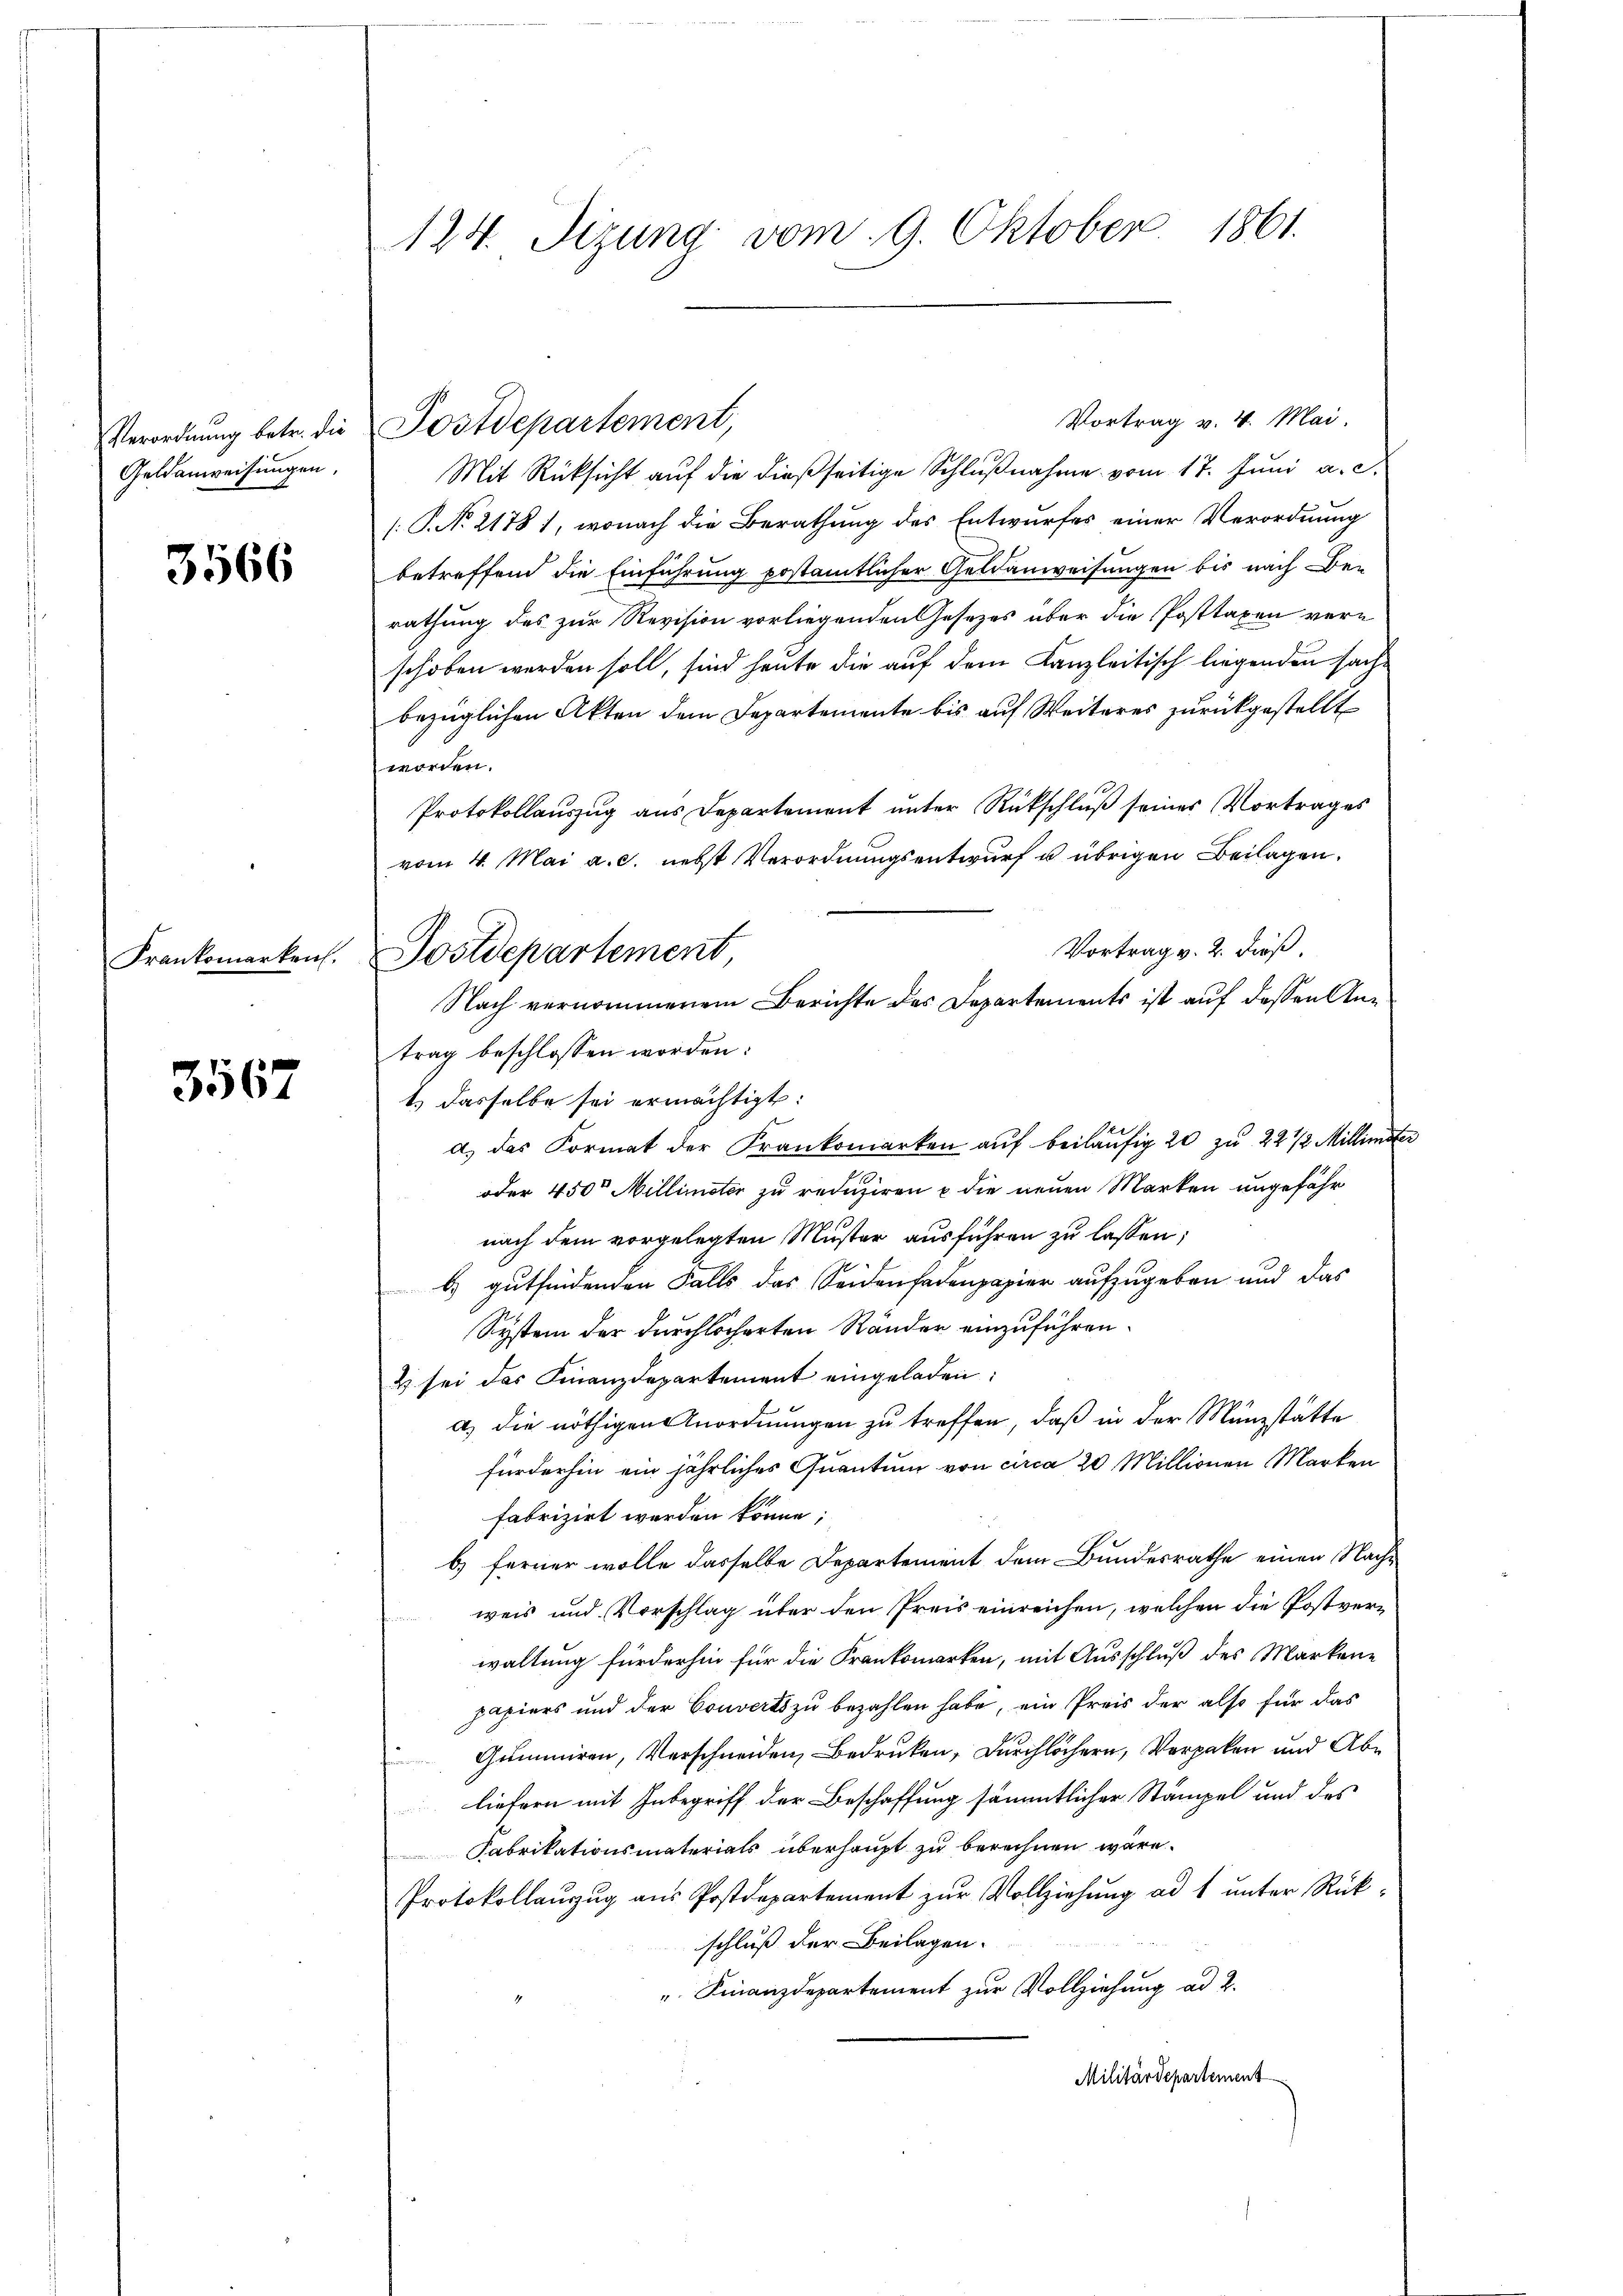
Verordnung betr. die
Geldanweisungen,

3566

3567

124. Sizung vom 9. Oktober 1861.

Vortrag v. 4. Mai.
Postdepartement,
Mit Rücksicht auf die dießseitige Schlŭβnahme vom 17. Juni a. c.
.P. No 21781, wonach die Berathung des Entwurfes einer Verordnung
betreffend die Einführung postamtlicher Geldanweisungen bis nach Be-
rathung des zur Revision vorliegenden Gesezes über die Posttaxen ver-
schoben werden soll, sind heute die auf dem Kanzleitisch liegenden sachbezüglichen Akten dem Departemente bis auf Weiteres zurückgestellt
worden.
Protokollauszug aus Departement unter Rückschluß seines Vortrages
vom 4. Mai a.c. nebst Verordnungsentwurf u. übrigen Beilagen.
Vortrag v. 2. dieß.
t) dasselbe sei ermächtigt:
d) das Format der Frankomarken aŭf beiläufig 20 zu 22 1/2 Millinister
oder 450t Millimeter zu reduziren u die neuen Marken ungefähr
nach dem vorgelegten Muster ausführen zu lassen;
b gutfindenden Falls das Seidenfadenpapier aufzugeben und das
System der durchlöcherten Ränder einzuführen.
 sei das Finanzdepartement eingeladen:
a) die nöthigen Anordnungen zu treffen, daß in der Münzstätte
fürderhin ein jährliches Quantum von circa 20 Millionen Marken
fabrizirt werden könne;
b) ferner wolle dasselbe Departement dem Bundesrathe einen Nachweis und Vorschlag über den Preis einreichen, welchen die Postverwaltung fürderhin für die Frankomerken, mit Ausschluß des Markene
papiers und der Couverts zu bezahlen habe, ein Preis der also für das
Gummiren, Verschneiden Bedruken, durchlöchern, Verpaken und Abe
liefern mit Inbegriff der Beschaffung sämmtlicher Stämpel und des
Fabrikationsmaterials überhaupt zu berechnen wäre.
Protokollauzug aus Postdepartement zur Vollziehung ad 1 unter Rückschluß der Beilagen.
" Finanzdepartement zur Vollziehung ad 2.
Militärdepartement

Frankomarkens. Postdepartement,
Nach vernommenem Berichte des Departements ist auf dessen Antrag beschlossen worden: